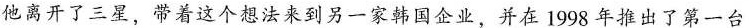
他离开了三星，带着这个想法来到另一家韩国企业，并在1998年推出了第一台